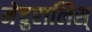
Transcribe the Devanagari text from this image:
नेचुरालिस्